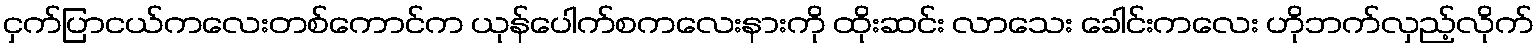
ငှက်ပြာငယ်ကလေးတစ်ကောင်က ယုန်ပေါက်စကလေးနားကို ထိုးဆင်း လာသေး ခေါင်းကလေး ဟိုဘက်လှည့်လိုက်